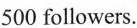
500 followers.